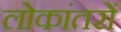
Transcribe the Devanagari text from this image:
लोकांतरों